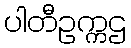
ပါတီဥက္ကဌ